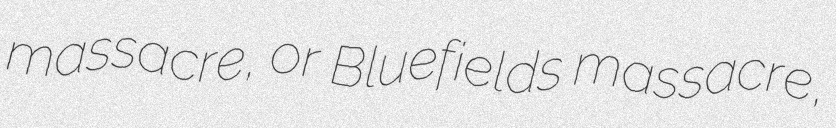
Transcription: massacre, or Bluefields massacre,